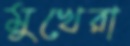
মুখেরা